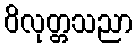
ဝိလုတ္တသညာ